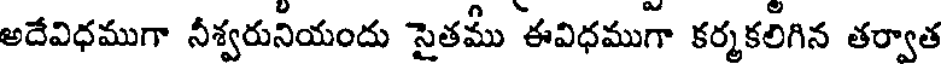
అదేవిధముగా నీశ్వరునియందు సైతమీ ఈవిధముగా కర్మకలిగిన తర్వాత